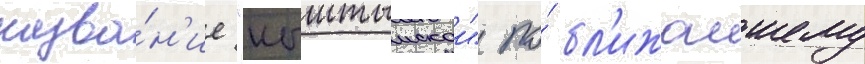
назва́н'ие "кыштымскои" по́ бл'ижаишему